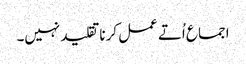
اجما ع اُتے عمل کرنا تقلید نہیں۔